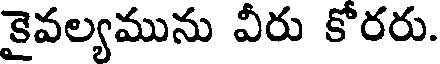
కైవల్యమును వీరు కోరరు.